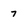
Character: 7